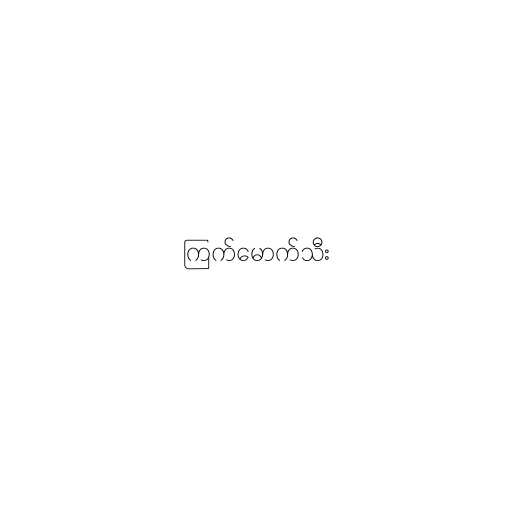
ကြက်မောက်သီး